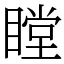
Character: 瞠